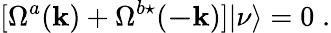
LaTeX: [\Omega^{a}({\mathbf{k}})+\Omega^{b\star}({\mathbf{-k}})]|{\nu}\rangle=0\; .